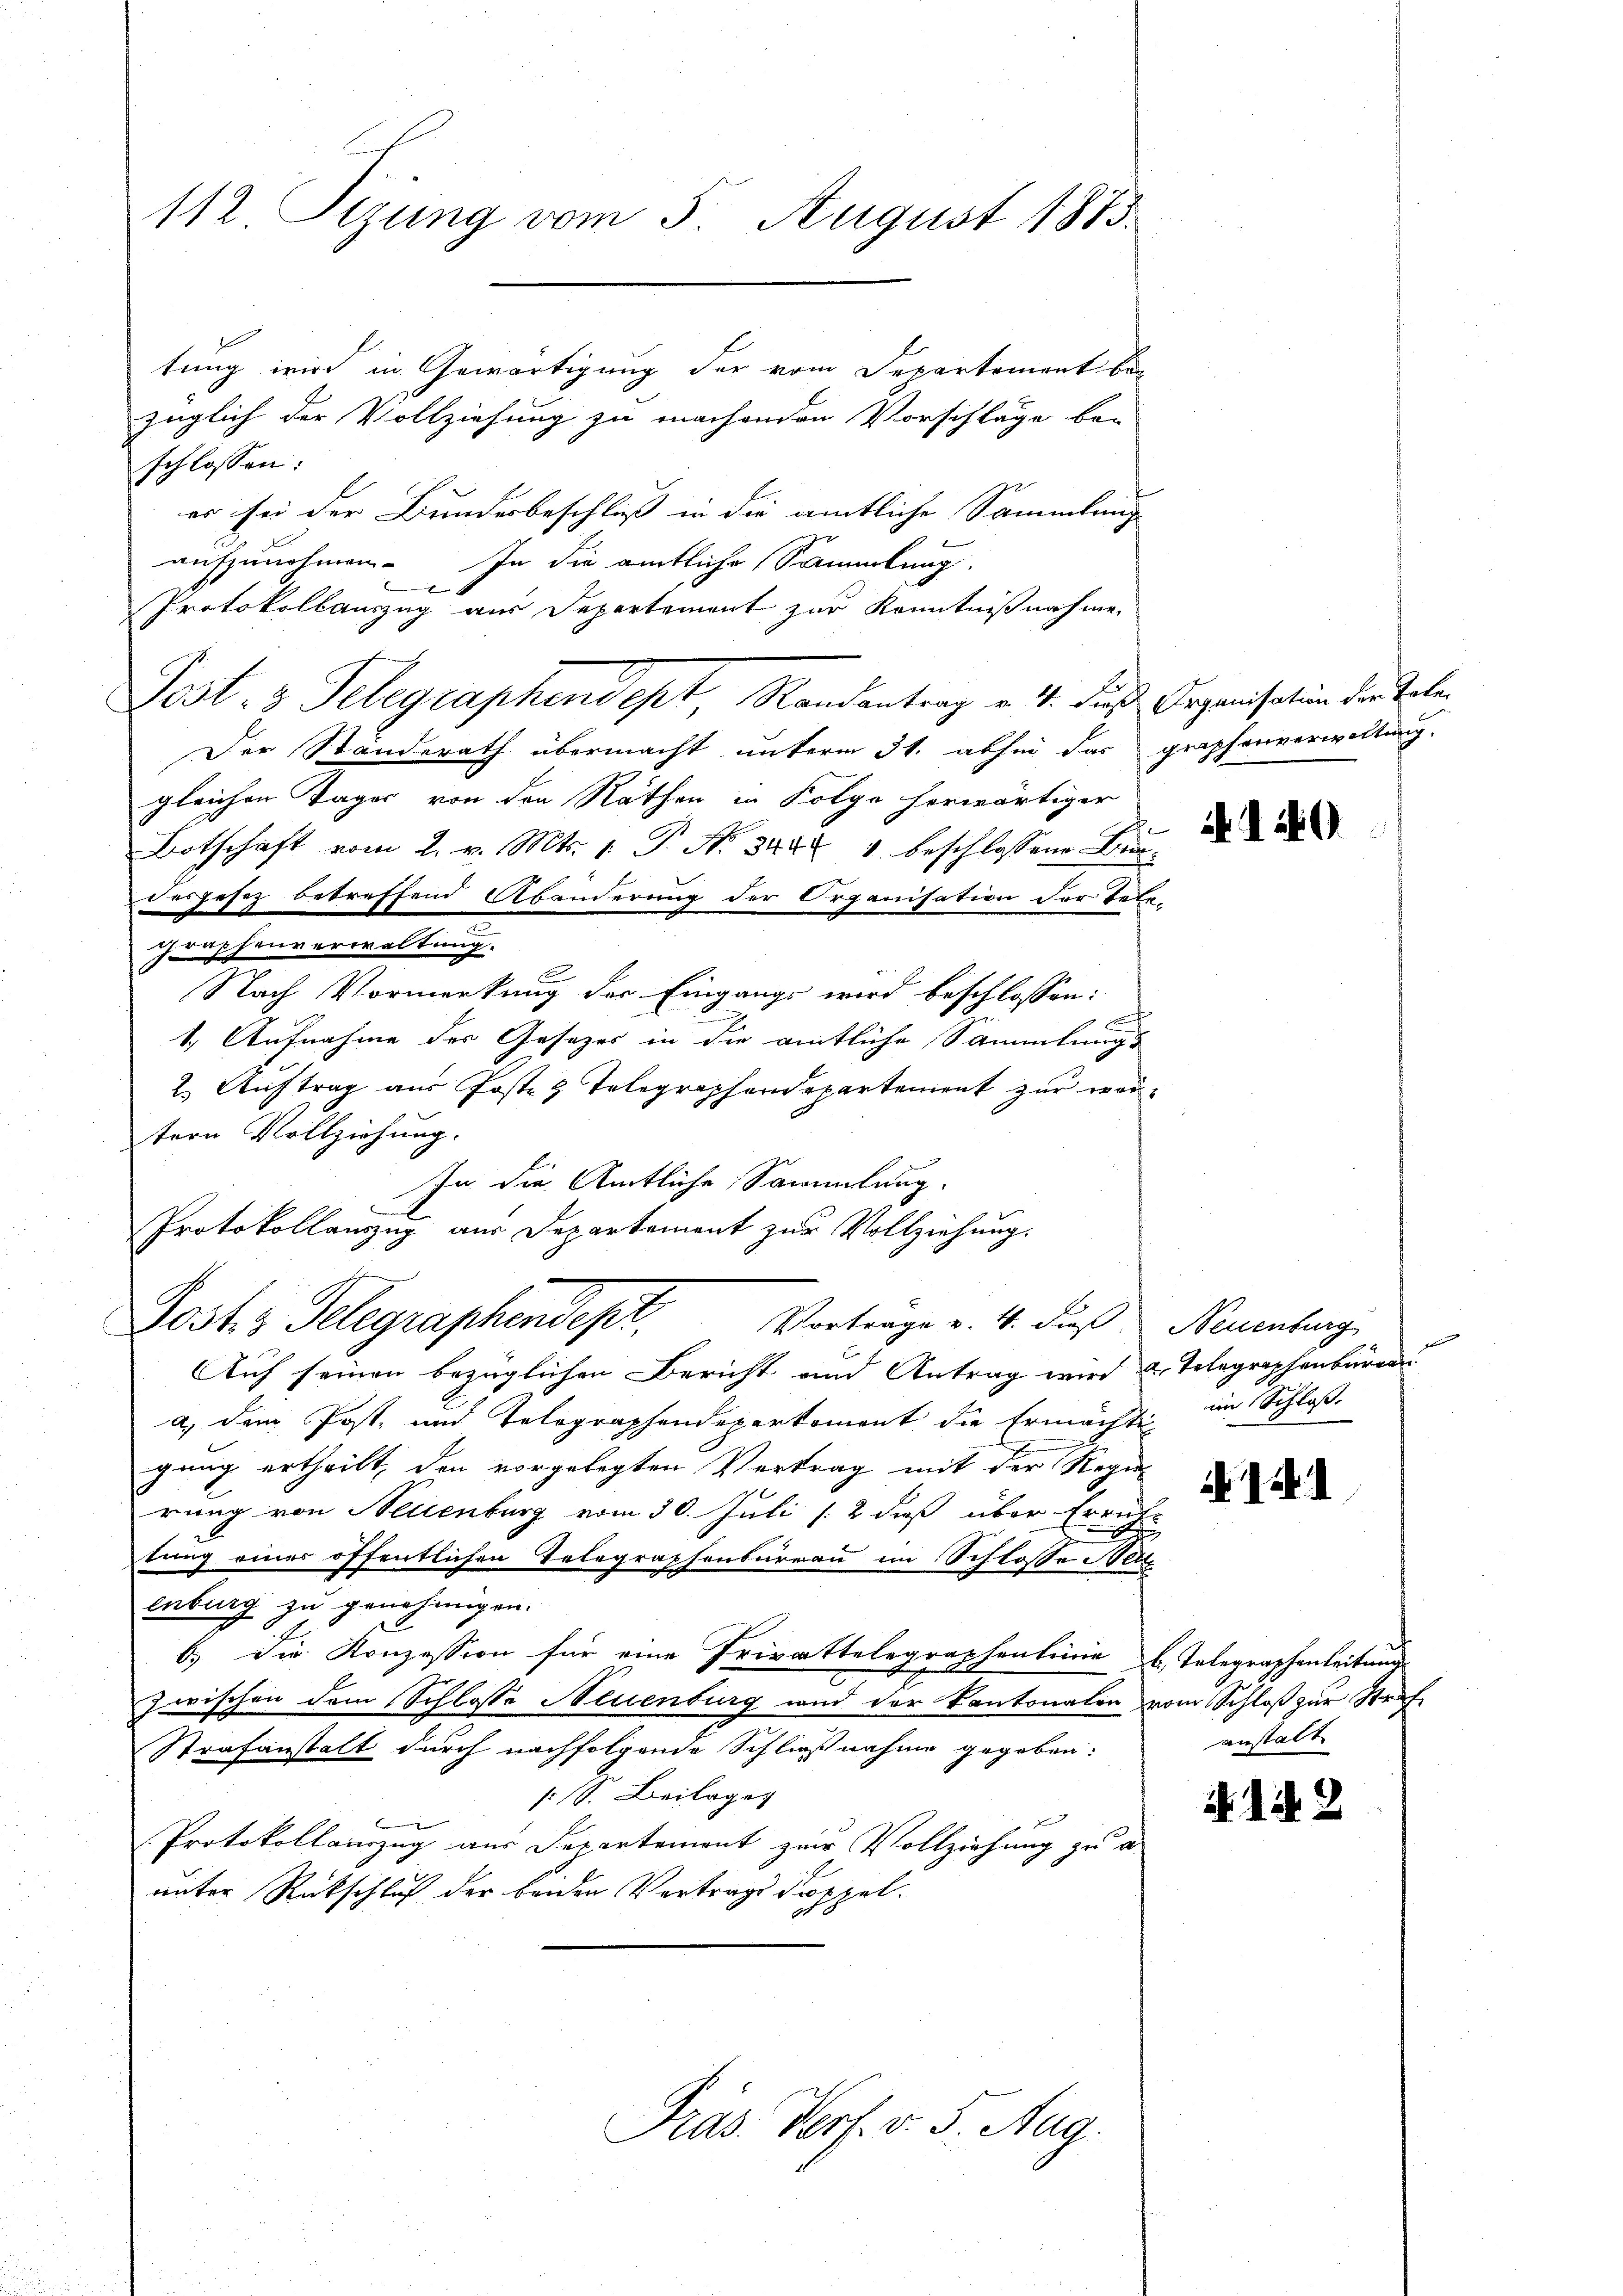
112. Pegung vom 5. August 1815.

tung wird in Gewärtigung der vom Departement be-
züglich der Vollziehung zu machenden Vorschläge be-
schlossen:
er sei der Bundesbeschluß in die amtliche Sammlung
aufzunehmen. In die amtliche Sammlung.
x
Protokollauszug aus Departement zur Kenntnißnahme
Der Standerath übermacht unterm 31. abhin das graphenverwaltung.
gleichen Tages von den Näthen in Folge herwärtiger
Botschaft vom 2. v. Mts. 1. P. Nr. 344 1 beschlossene Bundesgesez betreffend Abänderung der Organisation der Tele-
graphenverwaltung.
Nach Vormerkung der Eingangs wird beschlossen:
.

1. Aufnahme der Gesetzes in die amtliche Sammlungs
2. Auftrag aus Post- & Telegraphendepartement zur weitern Vollziehung.
In die Amtliche Sammlung.
Protokollauszug aus Departement zur Vollziehung.
Sostis Telegraphendepr
Vortrage u. 4. dieß, Neuenburg
Auf seinen bezüglichen Bericht und Antrag wird u. Telegraphenbaren
a) dem Post- und Telegraphendepartement die Ermächti
gung ertheilt, den vorgelegten Vertrag mit der Regie
rung von Neuenburg vom 30. Juli /: 2 daß über Erruts
zu
tung einer öffentlichen Telegraphenbureau im Schlosse et
enburg zu genehmigen.
b.) Die Konzession für eine Privattelographenlinie b. Telegraphenleitung
zwischen dem Schlosse Neuenburg und der Kantonalen vom Schloß zur Straf¬
Strafanstalt durch nachfolgende Schließnahme gegeben:
1 S. Beilagen
Protokollauszug aus Departement zur Vollziehung zu a
unter Rückschluß der beiden Vertrags doppel¬

Post 3 Telegraphendept, Randantrag v. 4. dieß. Organisation der Tele

Präs. Dorf. v. 5. Aug.

. 440

d
im Schloß.

1. I

anstalt

.1

2